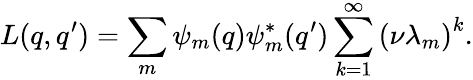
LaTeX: L(q,q^{\prime})=\sum_{m}\psi_{m}(q)\psi_{m}^{*}(q^{\prime})\sum_{k=1}^{\infty}\left(\nu\lambda_{m}\right)^{k}.